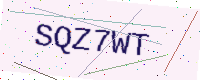
Text: SQZ7WT